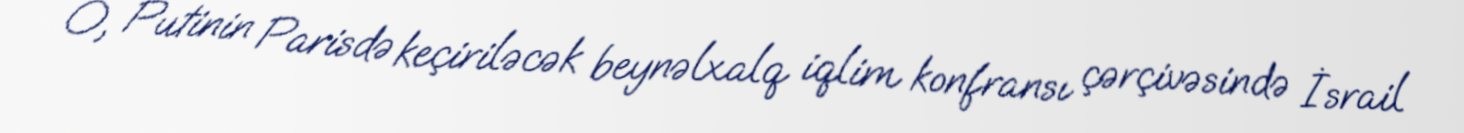
O, Putinin Parisdə keçiriləcək beynəlxalq iqlim konfransı çərçivəsində İsrail